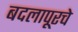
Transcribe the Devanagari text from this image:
बदलापूरचे